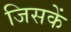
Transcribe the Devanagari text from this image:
जिसकें